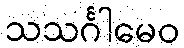
သသင်္ဂါမေဝ